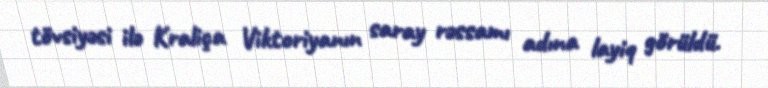
tövsiyəsi ilə Kraliça Viktoriyanın saray rəssamı adına layiq görüldü.